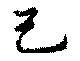
己